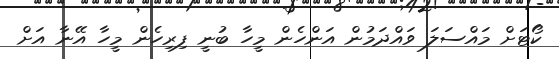
ކޯޓަށް މައްސަލަ ވައްދަމުން އަންހެން މީހާ ބުނީ ފިރިހެން މީހާ އޭނާ އަށް